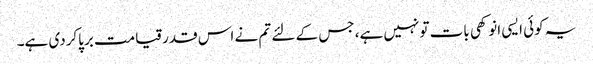
یہ کوئی ایسی انوکھی بات تونہیں ہے، جس کے لئے تم نے اس قدرقیامت برپاکردی ہے۔